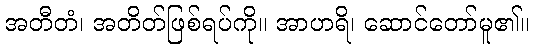
အတီတံ၊ အတိတ်ဖြစ်ရပ်ကို။ အာဟရိ၊ ဆောင်တော်မူ၏။